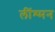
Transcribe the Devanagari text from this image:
लींश्मन